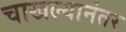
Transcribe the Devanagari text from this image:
चाखल्यानंतर